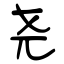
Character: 尧